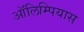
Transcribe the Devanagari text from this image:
ऑलिम्पियास